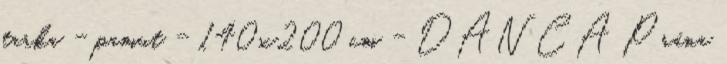
tarka - pamut - 140x200 cm - DANCA Prána